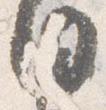
日